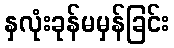
နှလုံးခုန်မမှန်ခြင်း